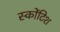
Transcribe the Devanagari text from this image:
स्कोंटिश